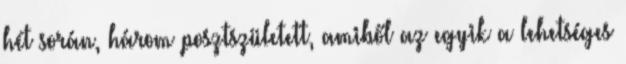
hét során, három posztszületett, amiből az egyik a lehetséges